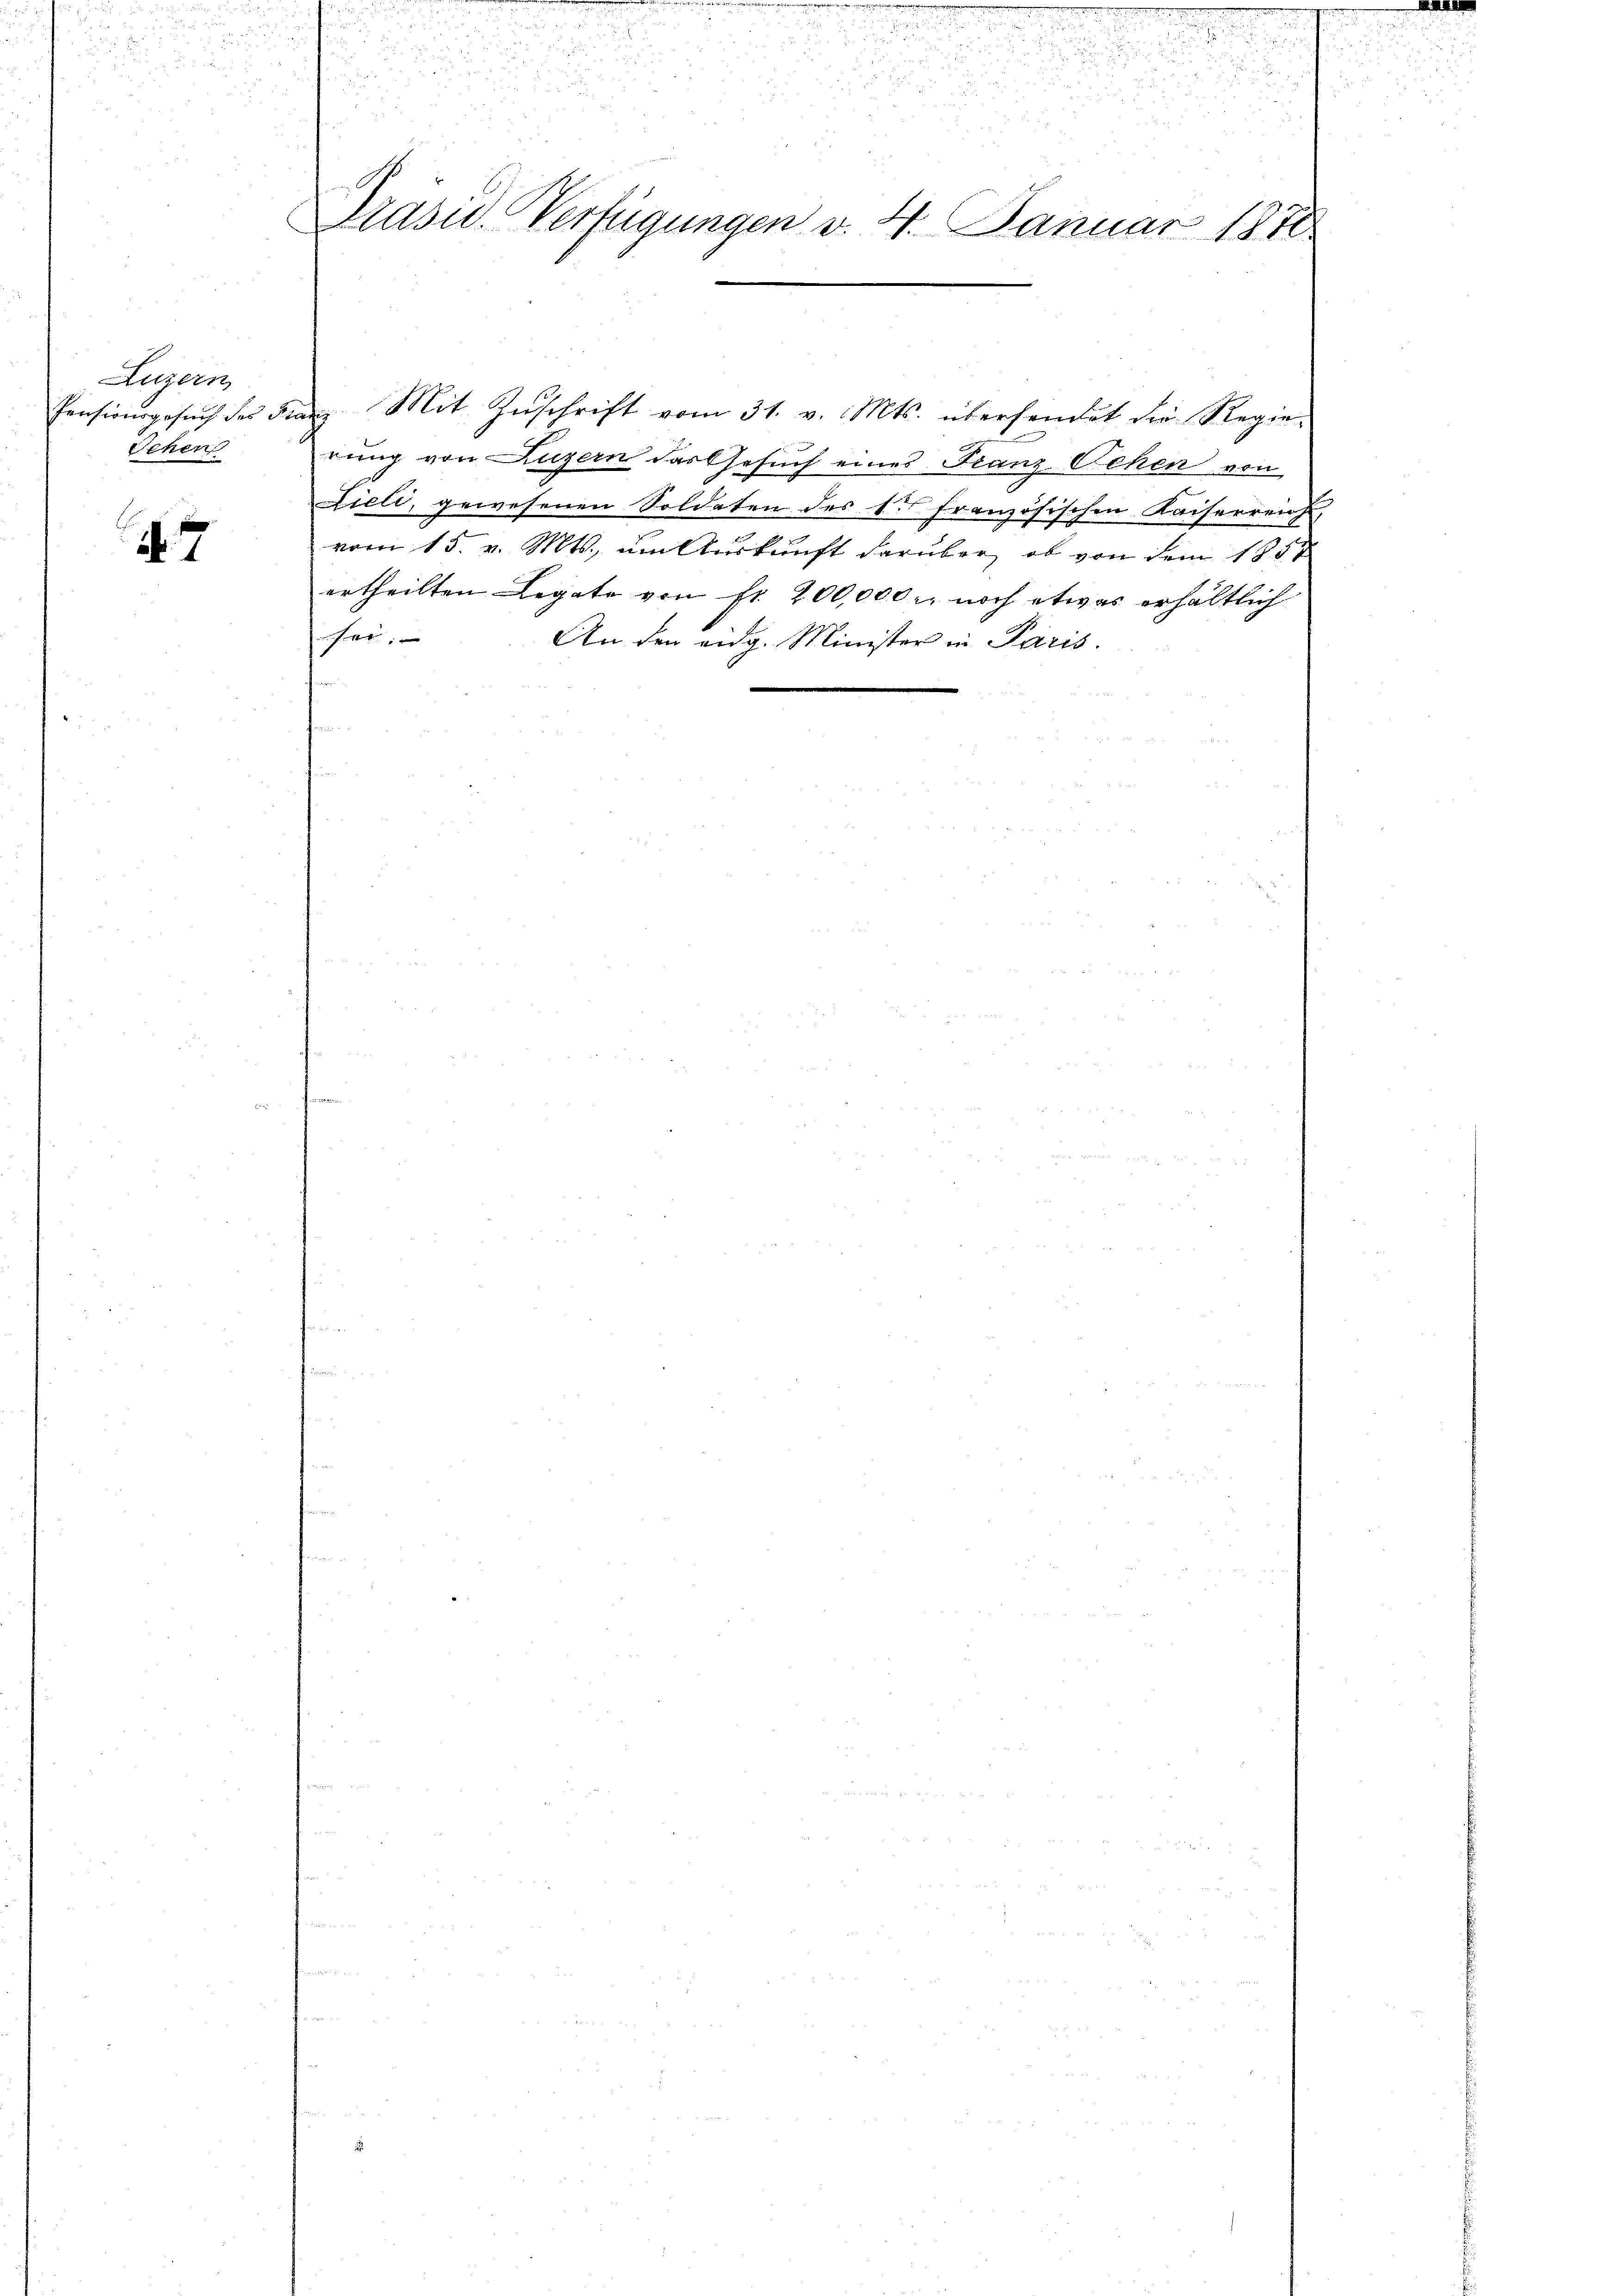
Aegern,
Pensionsgesuch des St
Schen

7

u
u
Pasu. Verfügungen v. 4. Januar 1876

a Mit Zuschrift vom 31. v. Mts. übersendet die Regie-
rung von Luzern das Gesuch eines Franz Schen von
Lieli, gewesenen Soldaten des k. französischen Kaiserreich,
vom 15. v. Mts., um Auskunft darüber, ob von dem 1857
ertheilten Legate von fr. 200,000 r. noch etwas erhältlich
fr
An den eidg. Minister in Paris.